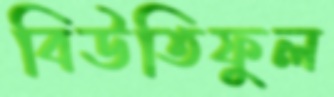
বিউতিফুল